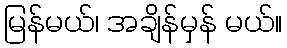
မြန်မယ်၊ အချိန်မှန် မယ်။